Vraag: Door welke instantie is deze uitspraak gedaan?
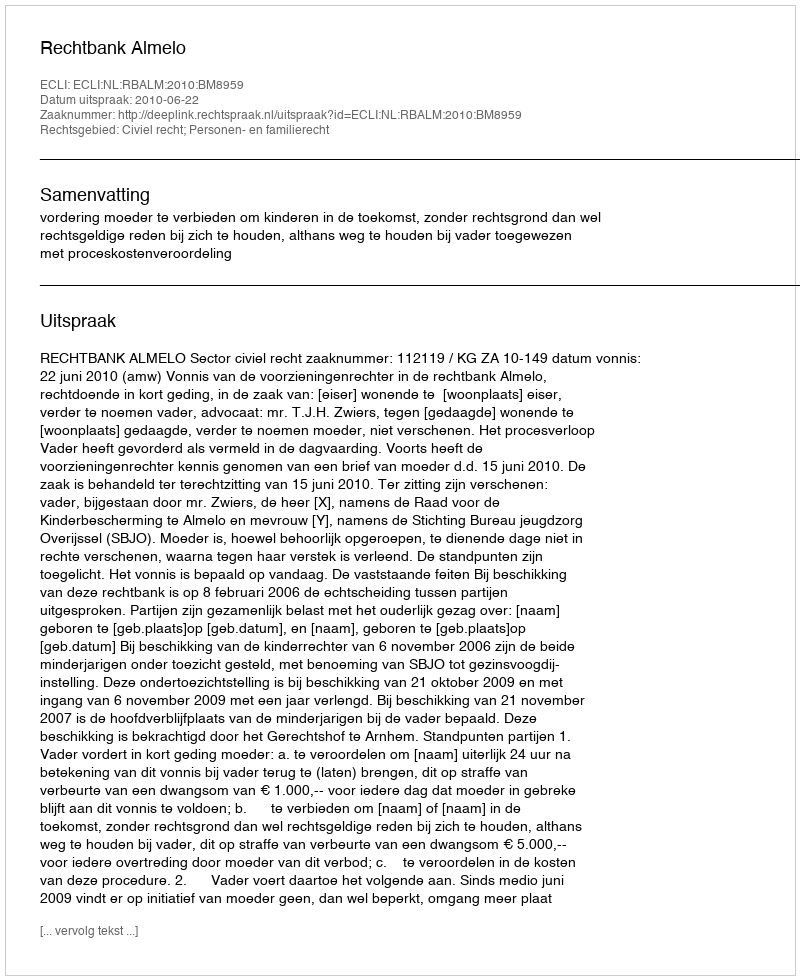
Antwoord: Rechtbank Almelo